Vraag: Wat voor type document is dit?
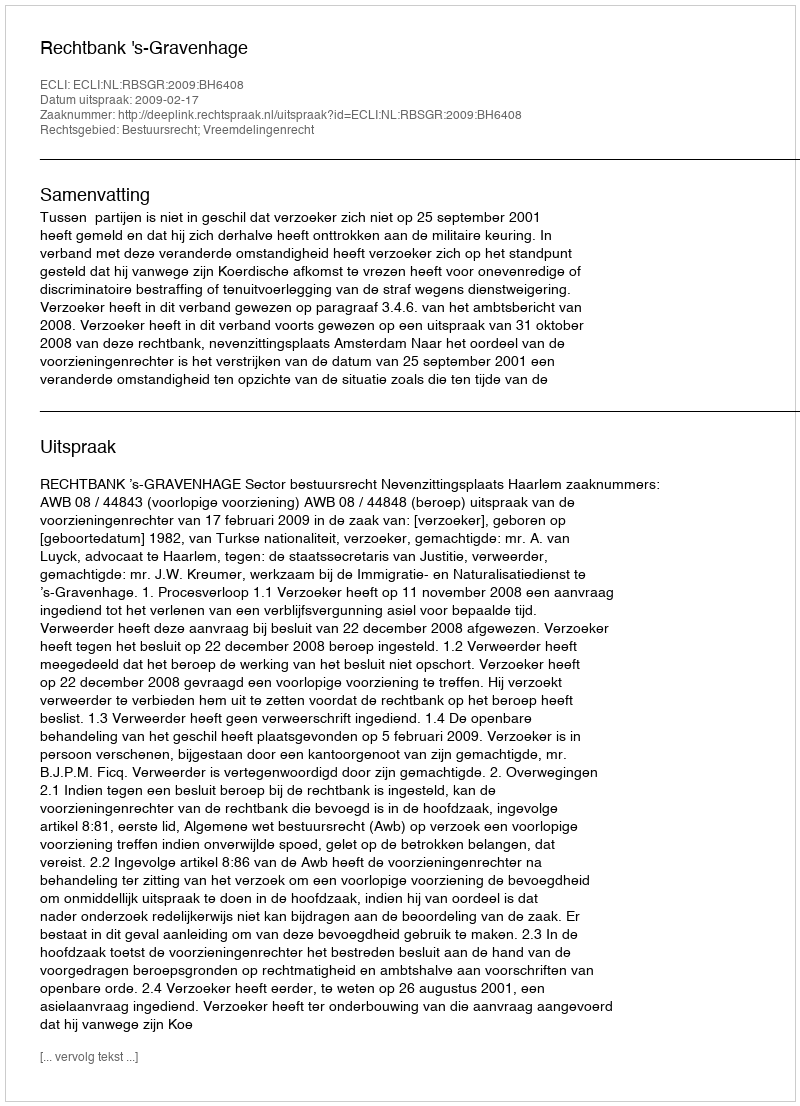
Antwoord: Uitspraak